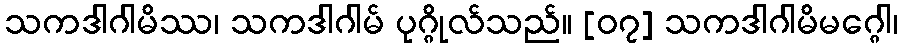
သကဒါဂါမိဿ၊ သကဒါဂါမ် ပုဂ္ဂိုလ်သည်။ [၀၇] သကဒါဂါမိမဂ္ဂေါ၊